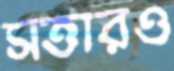
সত্তারও